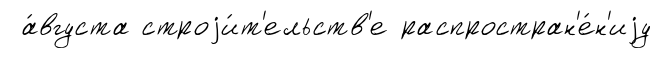
а́вгуста строjи́т'ельств'е распростран'е́н'иjу